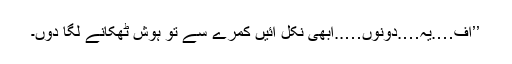
’’اف….یہ….دونوں…..ابھی نکل آئیں کمرے سے تو ہوش ٹھکانے لگا دوں۔